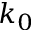
k _ { 0 }